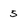
Character: 5